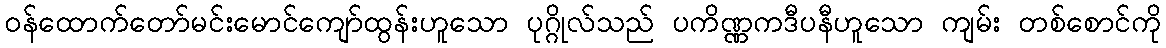
ဝန်ထောက်တော်မင်းမောင်ကျော်ထွန်းဟူသော ပုဂ္ဂိုလ်သည် ပကိဏ္ဏကဒီပနီဟူသော ကျမ်း တစ်စောင်ကို